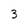
Character: 3